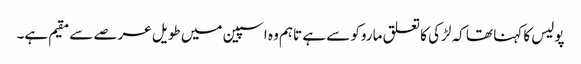
پولیس کا کہنا تھا کہ لڑکی کا تعلق ماروکو سے ہے تاہم وہ اسپین میں طویل عرصے سے مقیم ہے۔